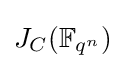
J_{C}(\mathbb {F} _{q^{n}})